Report of the Municipal Commissioner on the plague in Bombay for the year ending 31st May... - Volume 1
Disease focus: Plague
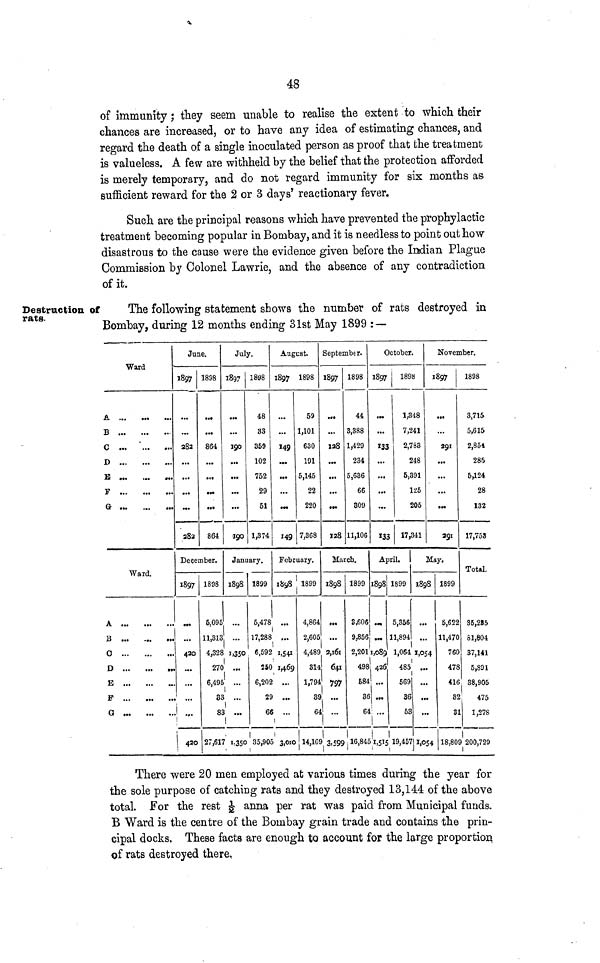
48
Destruction of
rats.
of immunity ; they seem unable to realise the extent to which their
chances are increased, or to have any idea of estimating chances, and
regard the death of a single inoculated person as proof that the treatment
is valueless. A few are withheld by the belief that the protection afforded
is merely temporary, and do not regard immunity for six months as
sufficient reward for the 2 or 3 days' reactionary fever.
Such are the principal reasons which have prevented the prophylactic
treatment becoming popular in Bombay, and it is needless to point out how
disastrous to the cause were the evidence given before the Indian Plague
Commission by Colonel Lawrie, and the absence of any contradiction
of it.
The following statement shows the number of rats destroyed in
Bombay, during 12 months ending 31st May 1899 :—
A.
B
C
D
B
F
G
À
B
0
D
E
F
G
W
•••
•t«
•••
...
...
Ward
...
Yaiu.
...
...
•••
*•
..
•••
June
1897
282
282
December
1897
•••
420
•
•••
•••
420
ie.
1898
864
861
1898
5,095
11,813
4,328
270
6,495
33
83
27,617
July.
1897
190
190
Jan
1898
...
...
1,350
•••
•••
•••
1,350
1898
48
83
359
102
752
29
51
1,374
aary.
1899
5,478
17,288
6,595
250
6,202
29
63
35,90
Äugest
1897
...
149
*••
...
...
••«
149
Febr
1898
...
l
$ ...
J 1,54l
) 1469
...
...
...
5 3,010
1898
59
1,101
630
191
5,145
22
220
7,368
iary.
1899
4,864
2,605
4,489
314
1,794
39
64
14,109
September.
1897
...
»8
...
...
...
• M
128
Hat
1898
•••
...
2,161
641
797
...
3,599
1898
44
3,388
1,429
234
5,636
66
309
11,106
eh.
1899
3,606
9,856
2,201
498
584
36
64
16,845
0ctober.
1897
••»
...
133
...
...
...
...
133
Api
1898
•••
•••
1,0089
426
426
1,515
1898
1,848
7,241
2,783
248
5,891
125
205
17,341
n.
1899 1898
5,356 ...
1,894 ...
t
1,064 1,054
485 ...
569 ..,
36 ...
58 ...
19,457 1,053
November.
1897
...
291
...
...
...
•••
291
lay,
1899
5,622
11,470
í
760
478
416
32
31
18,80
1898
3,715
5,615
2,854
285
5,124
28
132
17,753
Total.
85,285
81,804
37,141
5,891
38,905
5
475
l 1,278
200,729
There were 20 men employed at various times during the year for
the sole purpose of catching rats and they destroyed 13,144 of the above
total. For the rest
anna per rat was paid from Municipal funds.
B Ward is the centre of the Bombay grain trade and contains the prin-
cipal docks. These facts are enough to account for the large proportion
of rats destroyed there.